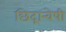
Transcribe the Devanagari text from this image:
छिद्रान्वेषी